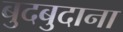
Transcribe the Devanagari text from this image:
बुदबुदाना